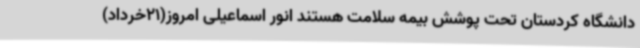
دانشگاه کردستان تحت پوشش بیمه سلامت هستند انور اسماعیلی امروز(21خرداد)